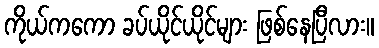
ကိုယ်ကကော ခပ်ယိုင်ယိုင်များ ဖြစ်နေပြီလား။